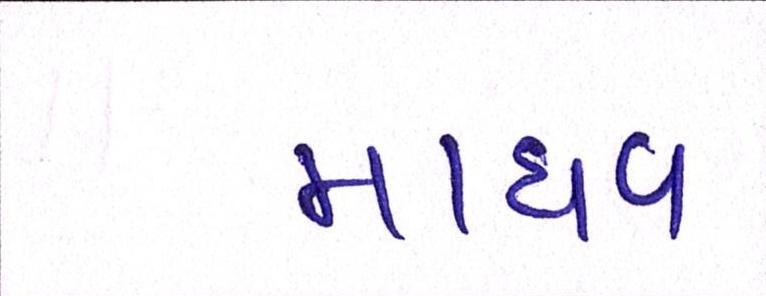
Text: માધવ